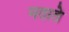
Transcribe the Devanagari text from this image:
मताते